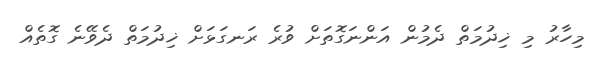
މިހާރު މި ޚިދުމަތް ދެމުން އަންނަގޮތަށް ވުރެ ރަނގަޅަށް ޚިދުމަތް ދެވޭނެ ގޮތެއް